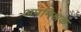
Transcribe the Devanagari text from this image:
अपमिश्रक